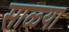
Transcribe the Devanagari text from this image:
साळ्या